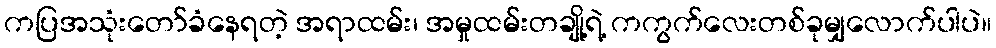
ကပြအသုံးတော်ခံနေရတဲ့ အရာထမ်း၊ အမှုထမ်းတချို့ရဲ့ ကကွက်လေးတစ်ခုမျှလောက်ပါပဲ။